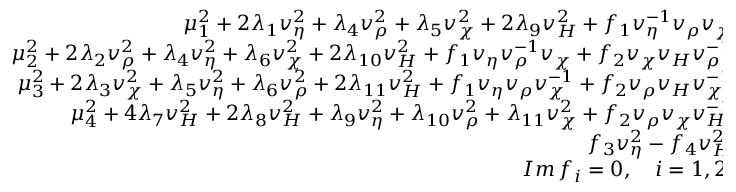
\begin{array} { r } { { \mu _ { 1 } ^ { 2 } + 2 \lambda _ { 1 } v _ { \eta } ^ { 2 } + \lambda _ { 4 } v _ { \rho } ^ { 2 } + \lambda _ { 5 } v _ { \chi } ^ { 2 } + 2 \lambda _ { 9 } v _ { H } ^ { 2 } + f _ { 1 } v _ { \eta } ^ { - 1 } v _ { \rho } v _ { \chi } = 0 , } } \\ { { \mu _ { 2 } ^ { 2 } + 2 \lambda _ { 2 } v _ { \rho } ^ { 2 } + \lambda _ { 4 } v _ { \eta } ^ { 2 } + \lambda _ { 6 } v _ { \chi } ^ { 2 } + 2 \lambda _ { 1 0 } v _ { H } ^ { 2 } + f _ { 1 } v _ { \eta } v _ { \rho } ^ { - 1 } v _ { \chi } + f _ { 2 } v _ { \chi } v _ { H } v _ { \rho } ^ { - 1 } = 0 , } } \\ { { \mu _ { 3 } ^ { 2 } + 2 \lambda _ { 3 } v _ { \chi } ^ { 2 } + \lambda _ { 5 } v _ { \eta } ^ { 2 } + \lambda _ { 6 } v _ { \rho } ^ { 2 } + 2 \lambda _ { 1 1 } v _ { H } ^ { 2 } + f _ { 1 } v _ { \eta } v _ { \rho } v _ { \chi } ^ { - 1 } + f _ { 2 } v _ { \rho } v _ { H } v _ { \chi } ^ { - 1 } = 0 , } } \\ { { \mu _ { 4 } ^ { 2 } + 4 \lambda _ { 7 } v _ { H } ^ { 2 } + 2 \lambda _ { 8 } v _ { H } ^ { 2 } + \lambda _ { 9 } v _ { \eta } ^ { 2 } + \lambda _ { 1 0 } v _ { \rho } ^ { 2 } + \lambda _ { 1 1 } v _ { \chi } ^ { 2 } + f _ { 2 } v _ { \rho } v _ { \chi } v _ { H } ^ { - 1 } = 0 , } } \\ { { f _ { 3 } v _ { \eta } ^ { 2 } - f _ { 4 } v _ { H } ^ { 2 } = 0 , } } \\ { { I m \, f _ { i } = 0 , \quad i = 1 , 2 , 3 , 4 , } } \end{array}